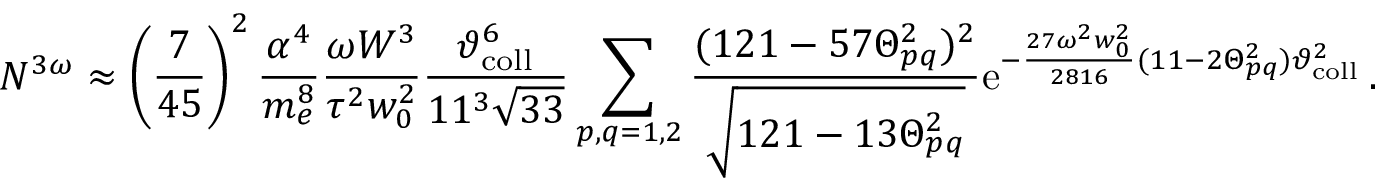
N ^ { 3 \omega } \approx \left( \frac { 7 } { 4 5 } \right) ^ { 2 } \frac { \alpha ^ { 4 } } { m _ { e } ^ { 8 } } \frac { \omega W ^ { 3 } } { \tau ^ { 2 } w _ { 0 } ^ { 2 } } \frac { \vartheta _ { \mathrm { c o l l } } ^ { 6 } } { 1 1 ^ { 3 } \sqrt { 3 3 } } \sum _ { p , q = 1 , 2 } \frac { ( 1 2 1 - 5 7 \Theta _ { p q } ^ { 2 } ) ^ { 2 } } { \sqrt { 1 2 1 - 1 3 \Theta _ { p q } ^ { 2 } } } \mathrm { e } ^ { - \frac { 2 7 \omega ^ { 2 } w _ { 0 } ^ { 2 } } { 2 8 1 6 } ( 1 1 - 2 \Theta _ { p q } ^ { 2 } ) \vartheta _ { \mathrm { c o l l } } ^ { 2 } } \, .